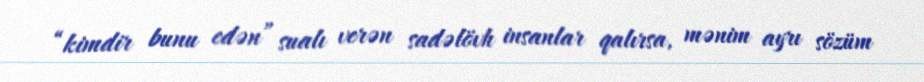
“kimdir bunu edən” sualı verən sadəlövh insanlar qalırsa, mənim ayrı sözüm